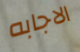
الاجابه